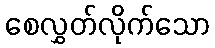
စေလွှတ်လိုက်သော